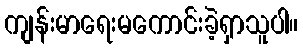
ကျန်းမာရေးမကောင်းခဲ့ရှာသူပါ။